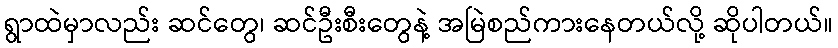
ရွာထဲမှာလည်း ဆင်တွေ၊ ဆင်ဦးစီးတွေနဲ့ အမြဲစည်ကားနေတယ်လို့ ဆိုပါတယ်။